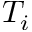
T _ { i }